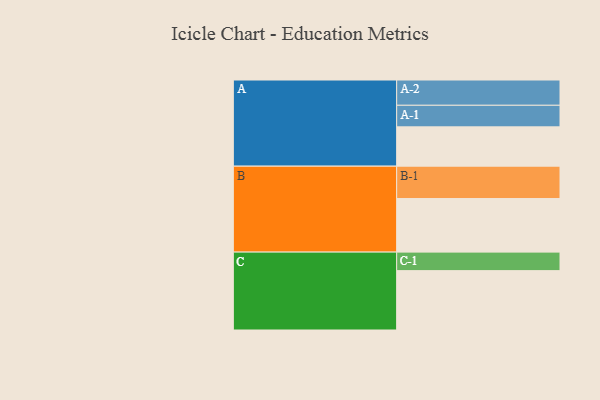
{"axis": {"x": "Segment", "y": "Value"}, "legend": ["", "A", "B", "C"], "data": [{"x": "A", "y": 308, "type": ""}, {"x": "B", "y": 420, "type": ""}, {"x": "C", "y": 465, "type": ""}, {"x": "A-1", "y": 169, "type": "A"}, {"x": "A-2", "y": 198, "type": "A"}, {"x": "B-1", "y": 253, "type": "B"}, {"x": "C-1", "y": 145, "type": "C"}]}